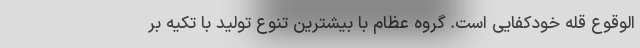
الوقوع قله خودکفایی است. گروه عظام با بیشترین تنوع تولید با تکیه بر